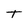
Character: t